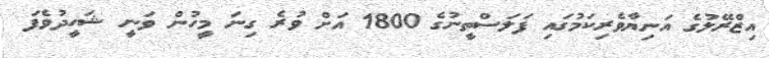
އިޒްރޭލުގެ އަނިޔާވެރިކަމުގައި ފަލަސްތީނުގެ 1800 އަށް ވުރެ ގިނަ މީހުން ވަނީ ޝަހީދުވެފަ